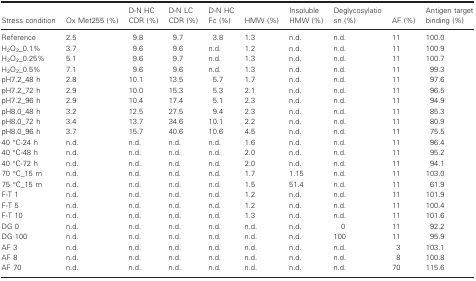
<table><thead><tr><td><b>Stress condition</b></td><td><b>Ox Met255 (%)</b></td><td><b>D‐N HC CDR (%)</b></td><td><b>D‐N LC CDR (%)</b></td><td><b>D‐N HC Fc (%)</b></td><td><b>HMW (%)</b></td><td><b>Insoluble HMW (%)</b></td><td><b>Deglycosylatio sn (%)</b></td><td><b>AF (%)</b></td><td><b>Antigen target binding (%)</b></td></tr></thead><tbody><tr><td>Reference</td><td>2.5</td><td>9.8</td><td>9.7</td><td>3.8</td><td>1.3</td><td>n.d.</td><td>n.d.</td><td>11</td><td>100.0</td></tr><tr><td>H<sub>2</sub>O<sub>2</sub>_0.1%</td><td>3.7</td><td>9.6</td><td>9.6</td><td>n.d.</td><td>1.2</td><td>n.d.</td><td>n.d.</td><td>11</td><td>100.9</td></tr><tr><td>H<sub>2</sub>O<sub>2</sub>_0.25%</td><td>5.1</td><td>9.6</td><td>9.7</td><td>n.d.</td><td>1.3</td><td>n.d.</td><td>n.d.</td><td>11</td><td>100.7</td></tr><tr><td>H<sub>2</sub>O<sub>2</sub>_0.5%</td><td>7.1</td><td>9.6</td><td>9.6</td><td>n.d.</td><td>1.3</td><td>n.d.</td><td>n.d.</td><td>11</td><td>99.3</td></tr><tr><td>pH7.2_48 h</td><td>2.8</td><td>10.1</td><td>13.5</td><td>5.7</td><td>1.7</td><td>n.d.</td><td>n.d.</td><td>11</td><td>97.6</td></tr><tr><td>pH7.2_72 h</td><td>2.9</td><td>10.0</td><td>15.3</td><td>5.3</td><td>2.1</td><td>n.d.</td><td>n.d.</td><td>11</td><td>96.5</td></tr><tr><td>pH7.2_96 h</td><td>2.9</td><td>10.4</td><td>17.4</td><td>5.1</td><td>2.3</td><td>n.d.</td><td>n.d.</td><td>11</td><td>94.9</td></tr><tr><td>pH8.0_48 h</td><td>3.2</td><td>12.5</td><td>27.5</td><td>9.4</td><td>2.3</td><td>n.d.</td><td>n.d.</td><td>11</td><td>85.3</td></tr><tr><td>pH8.0_72 h</td><td>3.4</td><td>13.7</td><td>34.6</td><td>10.1</td><td>2.2</td><td>n.d.</td><td>n.d.</td><td>11</td><td>80.9</td></tr><tr><td>pH8.0_96 h</td><td>3.7</td><td>15.7</td><td>40.6</td><td>10.6</td><td>4.5</td><td>n.d.</td><td>n.d.</td><td>11</td><td>75.5</td></tr><tr><td>40 °C‐24 h</td><td>n.d.</td><td>n.d.</td><td>n.d.</td><td>n.d.</td><td>1.6</td><td>n.d.</td><td>n.d.</td><td>11</td><td>96.4</td></tr><tr><td>40 °C‐48 h</td><td>n.d.</td><td>n.d.</td><td>n.d.</td><td>n.d.</td><td>2.0</td><td>n.d.</td><td>n.d.</td><td>11</td><td>95.2</td></tr><tr><td>40 °C‐72 h</td><td>n.d.</td><td>n.d.</td><td>n.d.</td><td>n.d.</td><td>2.0</td><td>n.d.</td><td>n.d.</td><td>11</td><td>94.1</td></tr><tr><td>70 °C_15 m</td><td>n.d.</td><td>n.d.</td><td>n.d.</td><td>n.d.</td><td>1.7</td><td>1.15</td><td>n.d.</td><td>11</td><td>103.0</td></tr><tr><td>75 °C_15 m</td><td>n.d.</td><td>n.d.</td><td>n.d.</td><td>n.d.</td><td>1.5</td><td>51.4</td><td>n.d.</td><td>11</td><td>61.9</td></tr><tr><td>F‐T 1</td><td>n.d.</td><td>n.d.</td><td>n.d.</td><td>n.d.</td><td>1.2</td><td>n.d.</td><td>n.d.</td><td>11</td><td>101.9</td></tr><tr><td>F‐T 5</td><td>n.d.</td><td>n.d.</td><td>n.d.</td><td>n.d.</td><td>1.2</td><td>n.d.</td><td>n.d.</td><td>11</td><td>100.4</td></tr><tr><td>F‐T 10</td><td>n.d.</td><td>n.d.</td><td>n.d.</td><td>n.d.</td><td>1.3</td><td>n.d.</td><td>n.d.</td><td>11</td><td>101.6</td></tr><tr><td>DG 0</td><td>n.d.</td><td>n.d.</td><td>n.d.</td><td>n.d.</td><td>n.d.</td><td>n.d.</td><td>0</td><td>11</td><td>92.2</td></tr><tr><td>DG 100</td><td>n.d.</td><td>n.d.</td><td>n.d.</td><td>n.d.</td><td>n.d.</td><td>n.d.</td><td>100</td><td>11</td><td>95.9</td></tr><tr><td>AF 3</td><td>n.d.</td><td>n.d.</td><td>n.d.</td><td>n.d.</td><td>n.d.</td><td>n.d.</td><td>n.d.</td><td>3</td><td>103.1</td></tr><tr><td>AF 8</td><td>n.d.</td><td>n.d.</td><td>n.d.</td><td>n.d.</td><td>n.d.</td><td>n.d.</td><td>n.d.</td><td>8</td><td>100.8</td></tr><tr><td>AF 70</td><td>n.d.</td><td>n.d.</td><td>n.d.</td><td>n.d.</td><td>n.d.</td><td>n.d.</td><td>n.d.</td><td>70</td><td>115.6</td></tr></tbody></table>